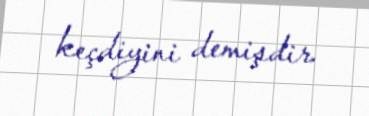
keçdiyini demişdir.